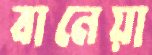
বানেয়া